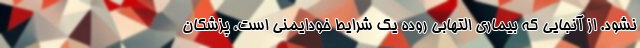
نشود. از آنجایی که بیماری التهابی روده یک شرایط خودایمنی است، پزشکان